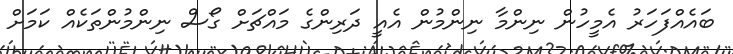
ބައެއްފަހަރު އެމީހުން ނިންމާ ނިންމުން އެއީ ދަރިންގެ މައްޗަށް ގޯސް ނިންމުންތަކެއް ކަމަށް